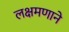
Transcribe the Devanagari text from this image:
लक्षमणाने